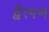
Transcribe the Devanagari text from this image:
द्वैत्पण